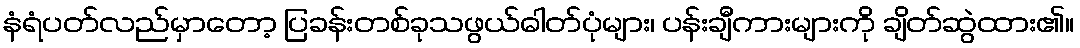
နံရံပတ်လည်မှာတော့ ပြခန်းတစ်ခုသဖွယ်ဓါတ်ပုံများ၊ ပန်းချီကားများကို ချိတ်ဆွဲထား၏။